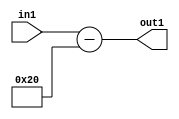
`timescale 1ps / 1ps
/*****************************************************************************
    Verilog RTL Description
    
    
    Created by: Stratus DpOpt 2019.1.01 
*******************************************************************************/

module st_weight_addr_gen_Subi32u16_4_10 (
	in1,
	out1
	); /* architecture "behavioural" */ 
input [15:0] in1;
output [16:0] out1;
wire [16:0] asc001;

assign asc001 = 
	+(in1)
	-(17'B00000000000100000);

assign out1 = asc001;
endmodule

/* CADENCE  ubH4SA0= : u9/ySgnWtBlWxVPRXgAZ4Og= ** DO NOT EDIT THIS LINE ******/